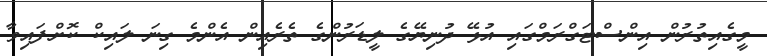
މީގެއިތުރުން އިންސްޓަގްރަމްގައި އުޅޭ ދުނިޔޭގެ ލީޑަރުންގެ ތެރެއިން އެންމެ ގިނަ ލައިކް ކޮށްފައިވާ